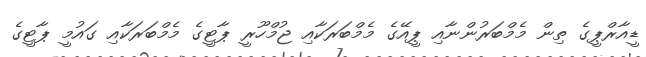
ޑީއާރްޕީގެ ތިން މެމްބަރުންނާއި ޕީއޭގެ މެމްބަރަކާއި ޖުމްހޫރީ ޕާޓީގެ މެމްބަރަކާއި ގައުމީ ޕާޓީގެ